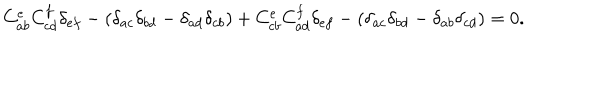
C _ { a b } ^ { e } C _ { c d } ^ { f } \delta _ { e f } - ( \delta _ { a c } \delta _ { b d } - \delta _ { a d } \delta _ { c b } ) + C _ { c b } ^ { e } C _ { a d } ^ { f } \delta _ { e f } - ( \delta _ { a c } \delta _ { b d } - \delta _ { a b } \delta _ { c d } ) = 0 .